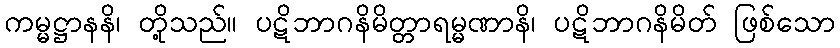
ကမ္မဋ္ဌာနနိ၊ တို့သည်။ ပဋိဘာဂနိမိတ္တာရမ္မဏာနိ၊ ပဋိဘာဂနိမိတ် ဖြစ်သော